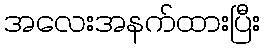
အလေးအနက်ထားပြီး